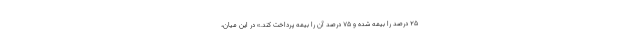
۲۵ درصد را بیمه شده و ۷۵ درصد آن را بیمه پرداخت کند.» در این میان،